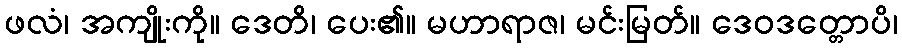
ဖလံ၊ အကျိုးကို။ ဒေတိ၊ ပေး၏။ မဟာရာဇ၊ မင်းမြတ်။ ဒေဝဒတ္တောပိ၊